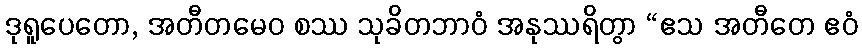
ဒုရူပေတော, အတီတမေဝ စဿ သုခိတဘာဝံ အနုဿရိတွာ “ဧသ အတီတေ ဧဝံ